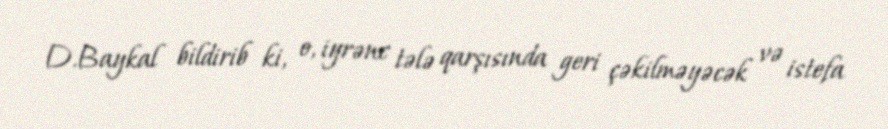
D.Baykal bildirib ki, o, iyrənc tələ qarşısında geri çəkilməyəcək və istefa